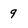
Character: 9